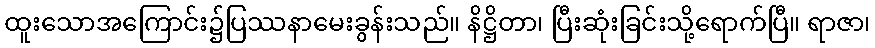
ထူးသောအကြောင်း၌ပြဿနာမေးခွန်းသည်။ နိဋ္ဌိတာ၊ ပြီးဆုံးခြင်းသို့ရောက်ပြီ။ ရာဇာ၊